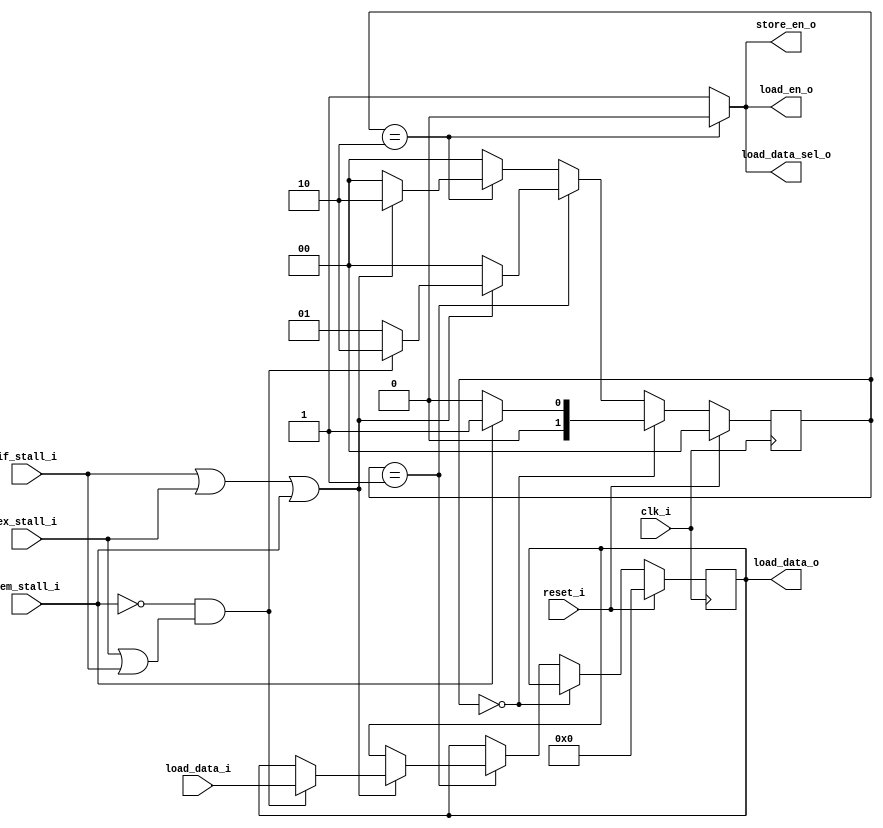
`timescale 1ns / 1ps
//////////////////////////////////////////////////////////////////////////////////
// Company: 
// Engineer: 
// 
// Design Name: 
// Module Name: control_load_store
// Project Name: 
// Target Devices: 
// Tool Versions: 
// Description: 
// 
// Dependencies: 
// 
// Revision:
// Revision 0.01 - File Created
// Additional Comments:
// 
//////////////////////////////////////////////////////////////////////////////////


module control_load_store(
		input 				clk_i,
		input 				reset_i,
		input 				if_stall_i,
		input 				ex_stall_i,
		input 				mem_stall_i,
		input[31:0]			load_data_i,

		output reg 			load_en_o,
		output reg			store_en_o,
		output reg			load_data_sel_o,
		output reg[31:0] 	load_data_o
	);
//select
parameter sel_this_module = 0,
sel_cache = 1;


//FSM
parameter 	idle = 0,
in_mem_stall = 1,
out_mem_stall = 2;

		reg[1:0]		mem_fsm;
		wire 			non_stall;
		assign non_stall = !(if_stall_i | ex_stall_i | mem_stall_i);

		initial begin
			mem_fsm 	= idle;
			load_data_o = 32'h0;
		end

		//fsm transform
		always@(posedge clk_i) begin
			if (reset_i == 1'b1) begin
				mem_fsm 	<= idle;
				load_data_o <= 32'h0;
			end
			else if (mem_fsm == idle) begin
				if (mem_stall_i == 1'b1) begin
					mem_fsm <= in_mem_stall;
				end
				else begin
					mem_fsm <= idle;
				end
			end
			else if (mem_fsm == in_mem_stall) begin
				if (non_stall == 1'b1) begin
					mem_fsm <= idle;
				end
				else if (mem_stall_i == 1'b0 && (ex_stall_i == 1'b1 || if_stall_i == 1'b1)) begin
					mem_fsm <= out_mem_stall;
					load_data_o <= load_data_i;
				end
				else begin
					mem_fsm <= in_mem_stall;
				end
			end
			else if (mem_fsm == out_mem_stall) begin
				if (non_stall == 1'b1) begin
					mem_fsm <= idle;
				end
				else begin
					mem_fsm <= out_mem_stall;
				end
			end
			else begin
				mem_fsm <= idle;
			end
		end

		//output
		always@(*) begin
			case(mem_fsm)
				idle: begin
					load_en_o = 1'b1;
					store_en_o = 1'b1;
					load_data_sel_o = sel_cache;
				end
				in_mem_stall: begin
					load_en_o = 1'b1;
					store_en_o = 1'b1;
					load_data_sel_o = sel_cache;
				end
				out_mem_stall: begin
					load_en_o = 1'b0;
					store_en_o = 1'b0;
					load_data_sel_o = sel_this_module;
				end
                default: begin
                    load_en_o = 1'b1;
                    store_en_o = 1'b1;
                    load_data_sel_o = sel_cache;
                end
			endcase
		end


endmodule